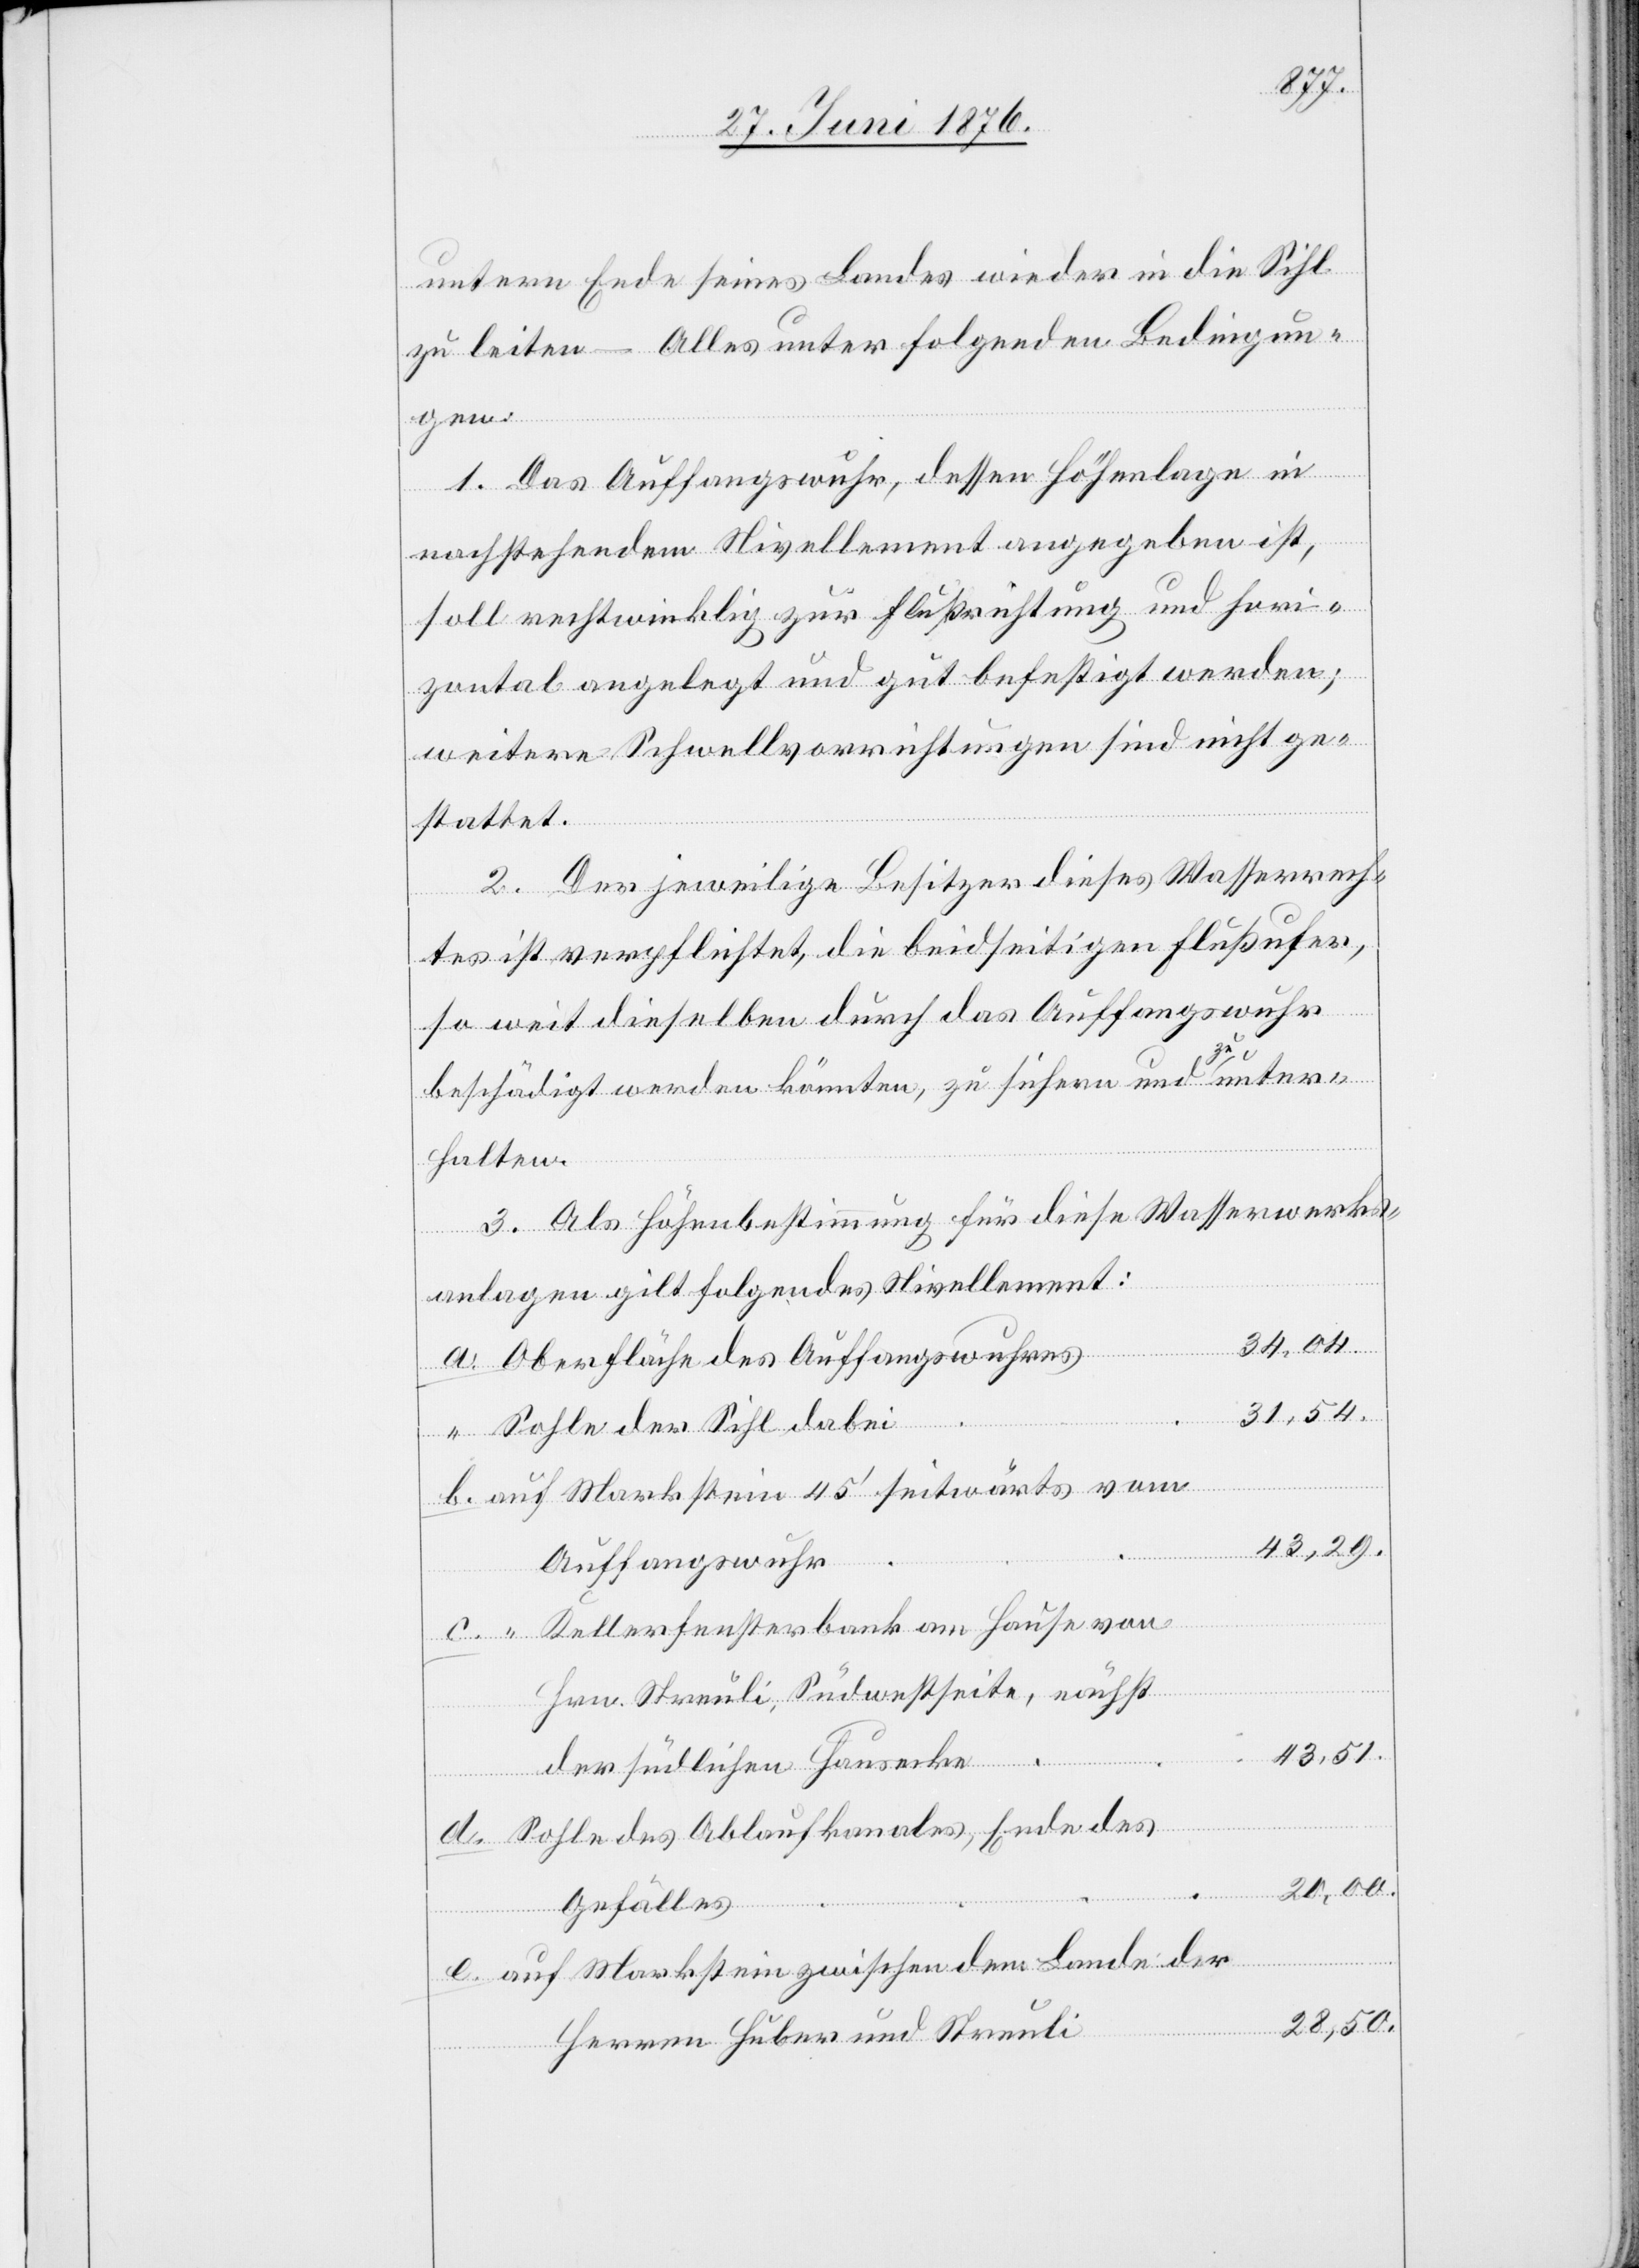
untern Ende seines Landes wieder in die Sihl
zu leiten – Alles unter folgenden Bedingun¬
gen:
1. Das Auffangswuhr, dessen Höhenlage in
nachstehendem Nivellement angegeben ist,
soll rechtwinklig zur Flußrichtung und hori¬
zontal angelegt und gut befestigt werden;
weitere Schwellvorrichtungen sind nicht ge¬
stattet.
2. Der jeweilige Besitzer dieses Wasserrech¬
tes ist verpflichtet, die beidseitigen Flußufer,
so weit dieselben durch das Auffangswuhr
beschädigt werden könnten, zu sichern und zu unter¬
halten.
3. Als Höhenbestimmung für diese Wasserwerks¬
anlagen gilt folgendes Nivellement:
34,04.
Oberfläche des Auffangswuhres
31,54.
Markstein
Sohle der Sihl dabei
43,29.
auf
Auffangswuhr
Kellerfensterbank am Hause von
Lan¬
Hrn. Streuli, Südwestseite, nächst
43,51.
der südlichen Hausecke
d.
Sohle des Ablaufkanales, Ende des
20,00.
Gefälles
der
28,50.
Herren Huber und Streuli